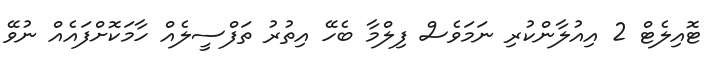
ޓޮއިލެޓް 2 އިއުލާންކުރި ނަމަވެސް ފިލްމާ ބެހޭ އިތުރު ތަފްސީލެއް ހާމަކޮށްފައެއް ނުވޭ